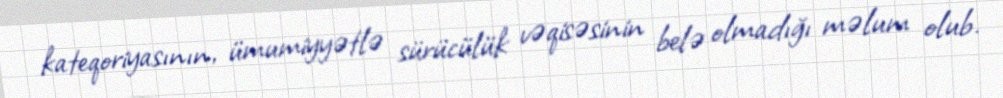
kateqoriyasının, ümumiyyətlə sürücülük vəqisəsinin belə olmadığı məlum olub.